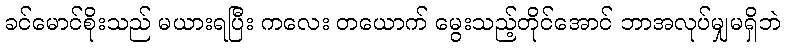
ခင်မောင်စိုးသည် မယားရပြီး ကလေး တယောက် မွေးသည့်တိုင်အောင် ဘာအလုပ်မျှမရှိဘဲ